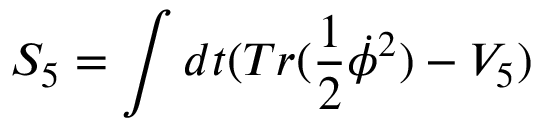
S _ { 5 } = \int d t ( T r ( \frac { 1 } { 2 } \dot { \phi } ^ { 2 } ) - V _ { 5 } )